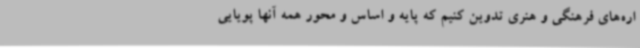
اره‌های فرهنگی و هنری تدوین کنیم که پایه و اساس و محور همه آنها پویایی